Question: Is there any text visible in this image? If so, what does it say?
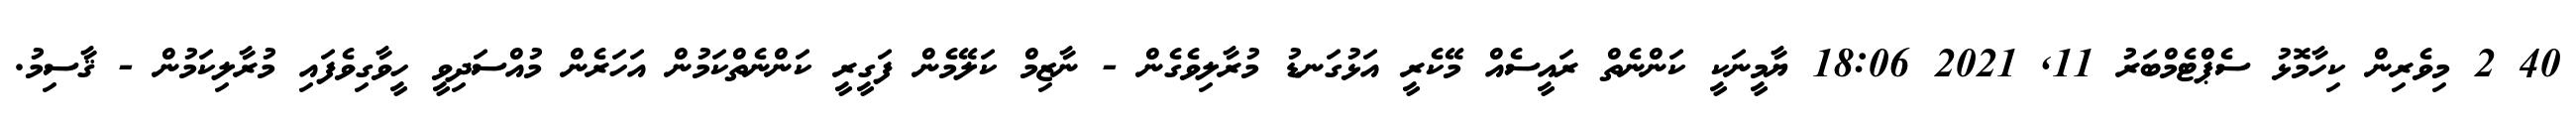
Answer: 40 2 މިވެރިން ކިހާމޮޅު ސެޕްޓެމްބަރު 11, 2021 18:06 ޔާމީނަކީ ކަންނެތް ރައީސެއް މޭކެރީ އަޅުގަނޑު މުރާލިވެގެން - ނާޒިމް ކަލޭމެން ފަގީރީ ކަންނެތްކަމުން އަހަރެން މުއްސަދިވީ ހީވާގިވެފައި މުރާލިކަމުން - ޤާސިމު.